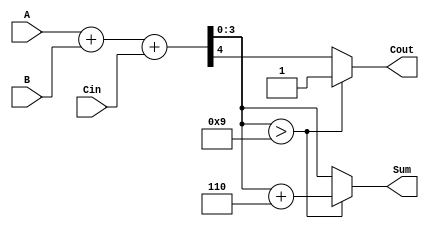
module BCD_Adder (
    input [3:0] A,        // First BCD digit
    input [3:0] B,        // Second BCD digit
    input Cin,            // Carry input
    output reg [3:0] Sum, // Resulting BCD digit
    output reg Cout       // Carry output
);

    wire [4:0] S; // 5-bit sum to accommodate carry
    wire [3:0] corrected_sum; // Corrected sum if needed

    // Perform binary addition
    assign S = A + B + Cin;

    // BCD correction logic
    always @(*) begin
        if (S[3:0] > 9) begin
            // If sum is greater than 9, add 6 to correct it
            Sum = S[3:0] + 4'b0110;
            Cout = 1; // Set carry out
        end else begin
            // If sum is valid BCD
            Sum = S[3:0];
            Cout = S[4]; // Carry out from the addition
        end
    end

endmodule